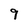
Character: 9